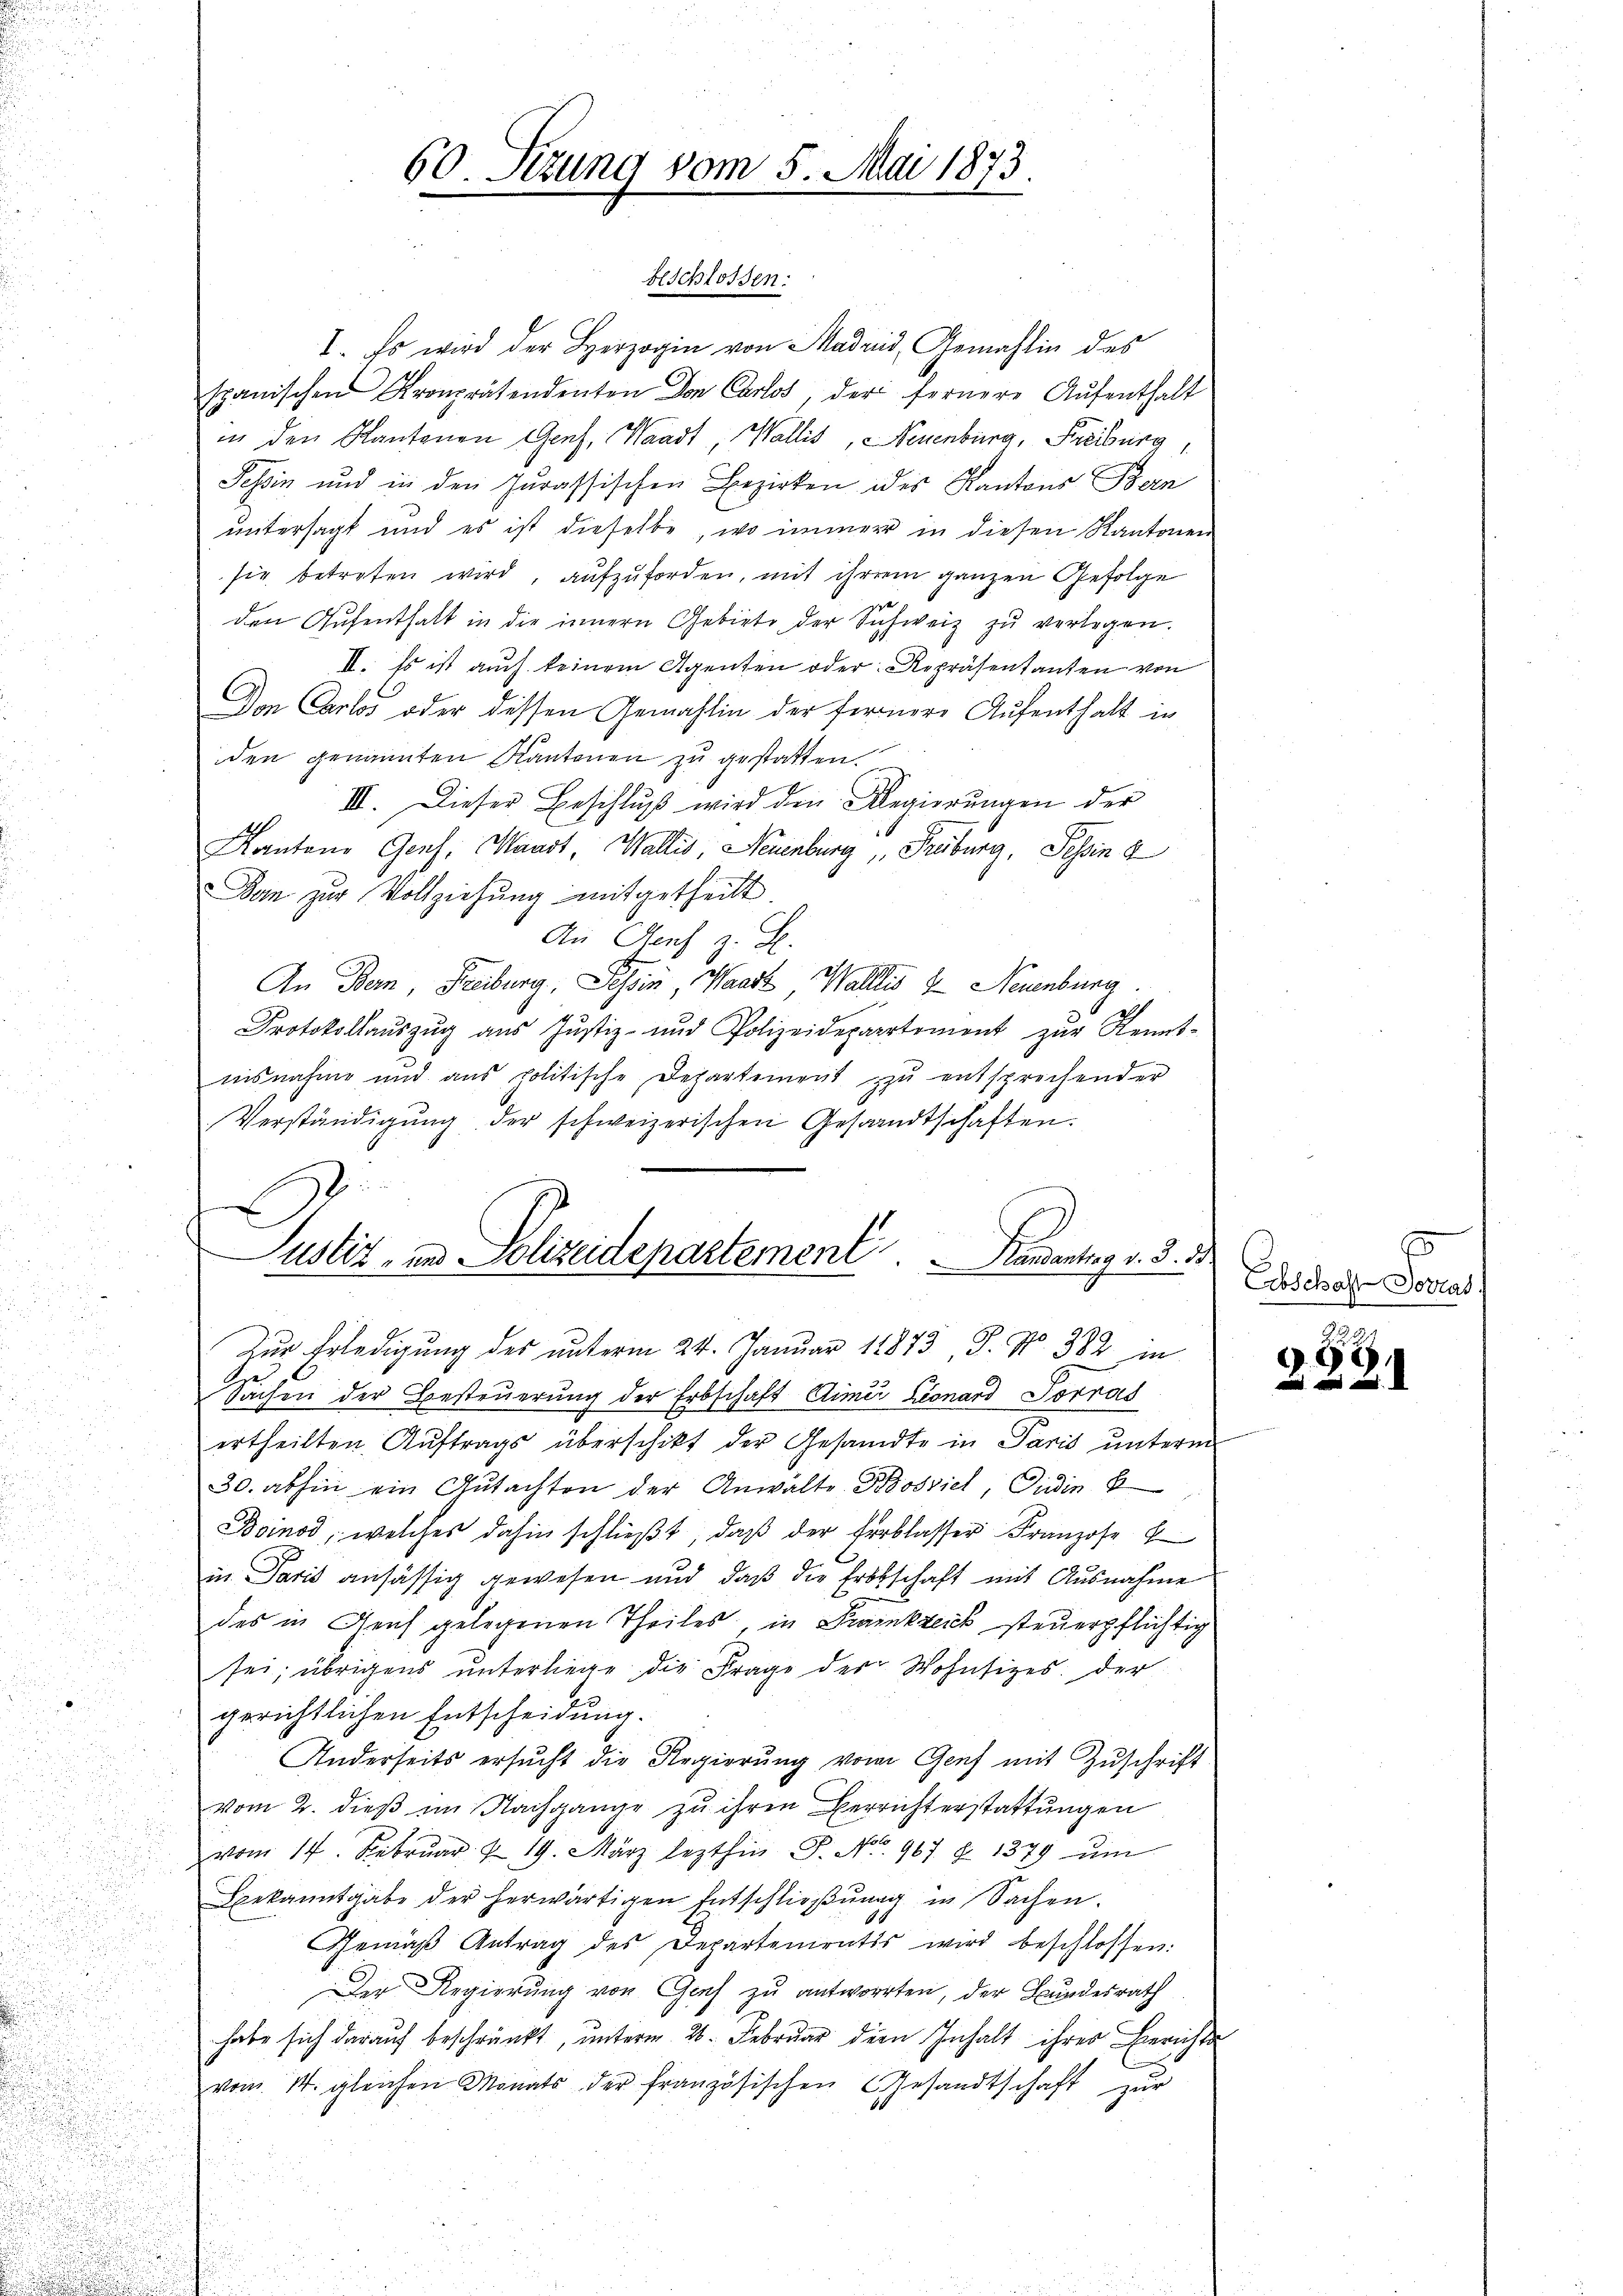
beschlossen:
I. Es wird der Herzogin von Madrid, Gemahlin des
spanischen Kronprätendenten Don Carlos, der fernere Aŭfenthalt
in den Kantonen Genf, Waadt, Wallis, Neuenburg, Freiburg,
Tessin und in den Jurassischen Bezirken ides Kantons Bern
untersagt und es ist dieselbe, wo immer in diesen Kantonen
sie betreten wird, aufzuforden, mit ihrem ganzen Gefolge
den Aufenthalt in die innern Gebiete der Schweiz zŭ verlegen.
II. Es ist auch keinem Agenten oder Repräsentanten von
Den Carlos oder dessen Gemahlin der fernere Aufenthalt in
den genannten Kantonen zu gestatten.
III. Dieser Beschluß wird den Regierŭngen der
1
u
Kantone Genf, Waadt, Wallis, Neuenburg, Freiburg, Tessin 4
Ban zur Vollziehung mitgetheilt
An Auf
An Bern, Freiburg, Tessin, Waadt, Wallis u. Neuenburg.
Protokollaŭszŭg aŭs Jŭstiz- und Polizeidepartement zŭr Kennt-
nisnahme und ans politische Departement zŭ entsprechender
Verständigŭng der schweizerischen Gesandtschaften.
x
i

Sachen der Besteuerung der Erbschaft Aimi Lionard Torres

ertheilten Auftrags überschikt der Gesandte in Paris unterm
d
u
30. abhin ein Gutachten der Anwalte Kosviel, Ordin 6

.
Boinod, welches dahin schlieβt, daβ der Erblasser Franzose
.
d
in Paris ansässig gewesen und daß die Erbschaft mit Ausnahme
3

des in Gleich gelegenen Theiles in Frankreck steuerpflichtig

sei; übrigens ŭnterliege, die Frage der Wohnsizes der
d
gerichtlichen Entscheidung.
Anderseits ersucht die Regierung vom Genf mit Zuschrift
vom 2. dieß im Nachgange zu ihren Berrichterstattungen
i

vom 14. Febrŭar 19. März lezthin P. No. 967 § 1379 ŭm
e
u
Bekanntgabe der herwärtigen Entschlieβŭng in Sachen.
Gemäβ Antrag des Departementis wird beschlossen.
Der Regierung von Genf zu antworten, der Bundesrath
habe sich darauf beschränkt, unterm 26. Februar der Inhalt ihrer Berichte
E
vom 14. gleichen Monats der französischen Gesandtschaft zur
e

60 Sizung vom 5. Mai 1873

Justiz- und Polizeidepartement . .   Handantrag v. 3. 33.
Zur Erledigung des unterm 24. Januar 18873, S. Nr. 382 in

.
Erbschaft Dortat